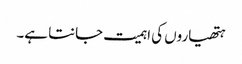
ہتھیاروں کی اہمیت جانتا ہے۔